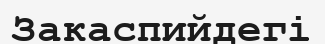
Закаспийдегі